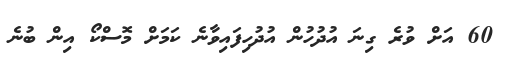
60 އަށް ވުރެ ގިނަ އުދުހުން އުދުހިފައިވާނެ ކަމަށް މޮސްކޯ އިން ބުނެ